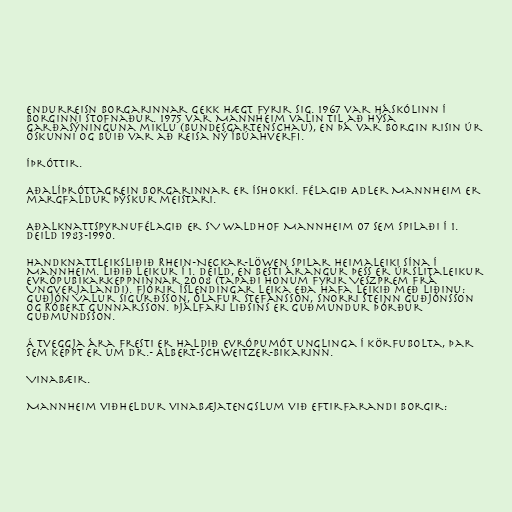
Endurreisn borgarinnar gekk hægt fyrir sig. 1967 var háskólinn í
borginni stofnaður. 1975 var Mannheim valin til að hýsa
garðasýninguna miklu (Bundesgartenschau), en þá var borgin risin úr
öskunni og búið var að reisa ný íbúahverfi.

Íþróttir.

Aðalíþróttagrein borgarinnar er íshokkí. Félagið Adler Mannheim er
margfaldur þýskur meistari.

Aðalknattspyrnufélagið er SV Waldhof Mannheim 07 sem spilaði í 1.
deild 1983-1990.

Handknattleiksliðið Rhein-Neckar-Löwen spilar heimaleiki sína í
Mannheim. Liðið leikur í 1. deild, en besti árangur þess er úrslitaleikur
Evrópubikarkeppninnar 2008 (tapaði honum fyrir Veszprem frá
Ungverjalandi). Fjórir Íslendingar leika eða hafa leikið með liðinu:
Guðjón Valur Sigurðsson, Ólafur Stefánsson, Snorri Steinn Guðjónsson
og Róbert Gunnarsson. Þjálfari liðsins er Guðmundur Þórður
Guðmundsson.

Á tveggja ára fresti er haldið Evrópumót unglinga í körfubolta, þar
sem keppt er um Dr.- Albert-Schweitzer-bikarinn.

Vinabæir.

Mannheim viðheldur vinabæjatengslum við eftirfarandi borgir: